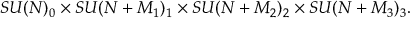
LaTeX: S U ( N ) _ { 0 } \times S U ( N + M _ { 1 } ) _ { 1 } \times S U ( N + M _ { 2 } ) _ { 2 } \times S U ( N + M _ { 3 } ) _ { 3 } .